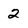
Character: 2